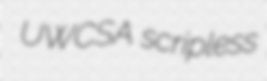
UWCSA scripless